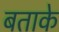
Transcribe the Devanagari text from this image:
बताके